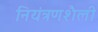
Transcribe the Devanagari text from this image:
नियंत्रणशैली